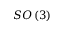
S O \left( 3 \right)